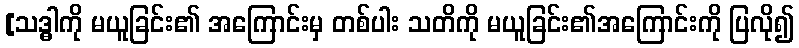
[သဒ္ဓါကို မယူခြင်း၏ အကြောင်းမှ တစ်ပါး သတိကို မယူခြင်း၏အကြောင်းကို ပြလို၍